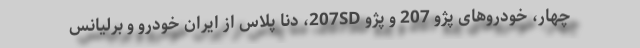
چهار، خودروهای پژو 207 و پژو 207SD، دنا پلاس از ایران خودرو و برلیانس